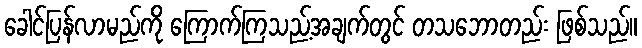
ခေါင်ပြန်လာမည်ကို ကြောက်ကြသည့်အချက်တွင် တသဘောတည်း ဖြစ်သည်။